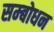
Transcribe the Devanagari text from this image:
सम्‍बोधन